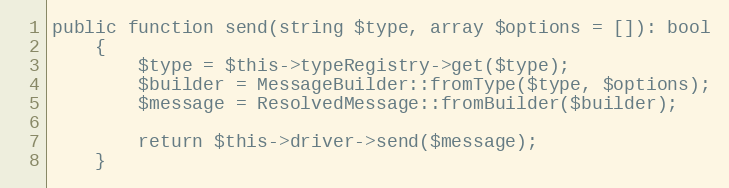
Language: PHP
public function send(string $type, array $options = []): bool
    {
        $type = $this->typeRegistry->get($type);
        $builder = MessageBuilder::fromType($type, $options);
        $message = ResolvedMessage::fromBuilder($builder);

        return $this->driver->send($message);
    }